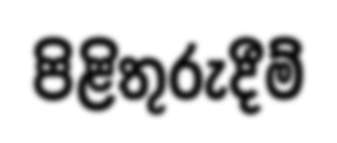
පිළිතුරුදීම්